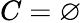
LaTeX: C=\varnothing